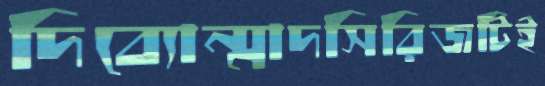
দিব্যোন্মাদসিরিজটিই